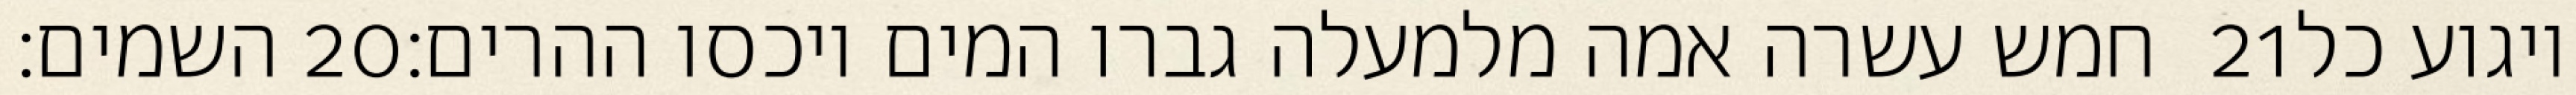
השמים׃ ‎20‏ חמש עשרה אמה מלמעלה גברו המים ויכסו ההרים׃ ‎21‏ ויגוע כל